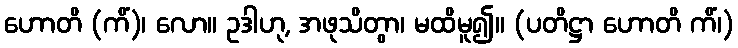
ဟောတိ (ကိံ)၊ လော။ ဥဒါဟု, အဖုသိတွာ၊ မထိမူ၍။ (ပတိဋ္ဌာ ဟောတိ ကိံ၊)